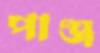
পাঞ্জ